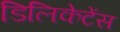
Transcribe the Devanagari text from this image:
डिलिकेटेंस